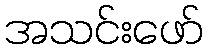
အသင်းဖော်